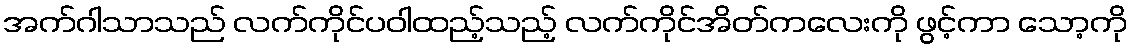
အက်ဂါသာသည် လက်ကိုင်ပဝါထည့်သည့် လက်ကိုင်အိတ်ကလေးကို ဖွင့်ကာ သော့ကို